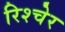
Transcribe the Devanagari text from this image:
रिश्चेर